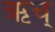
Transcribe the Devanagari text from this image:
ऋच्‌